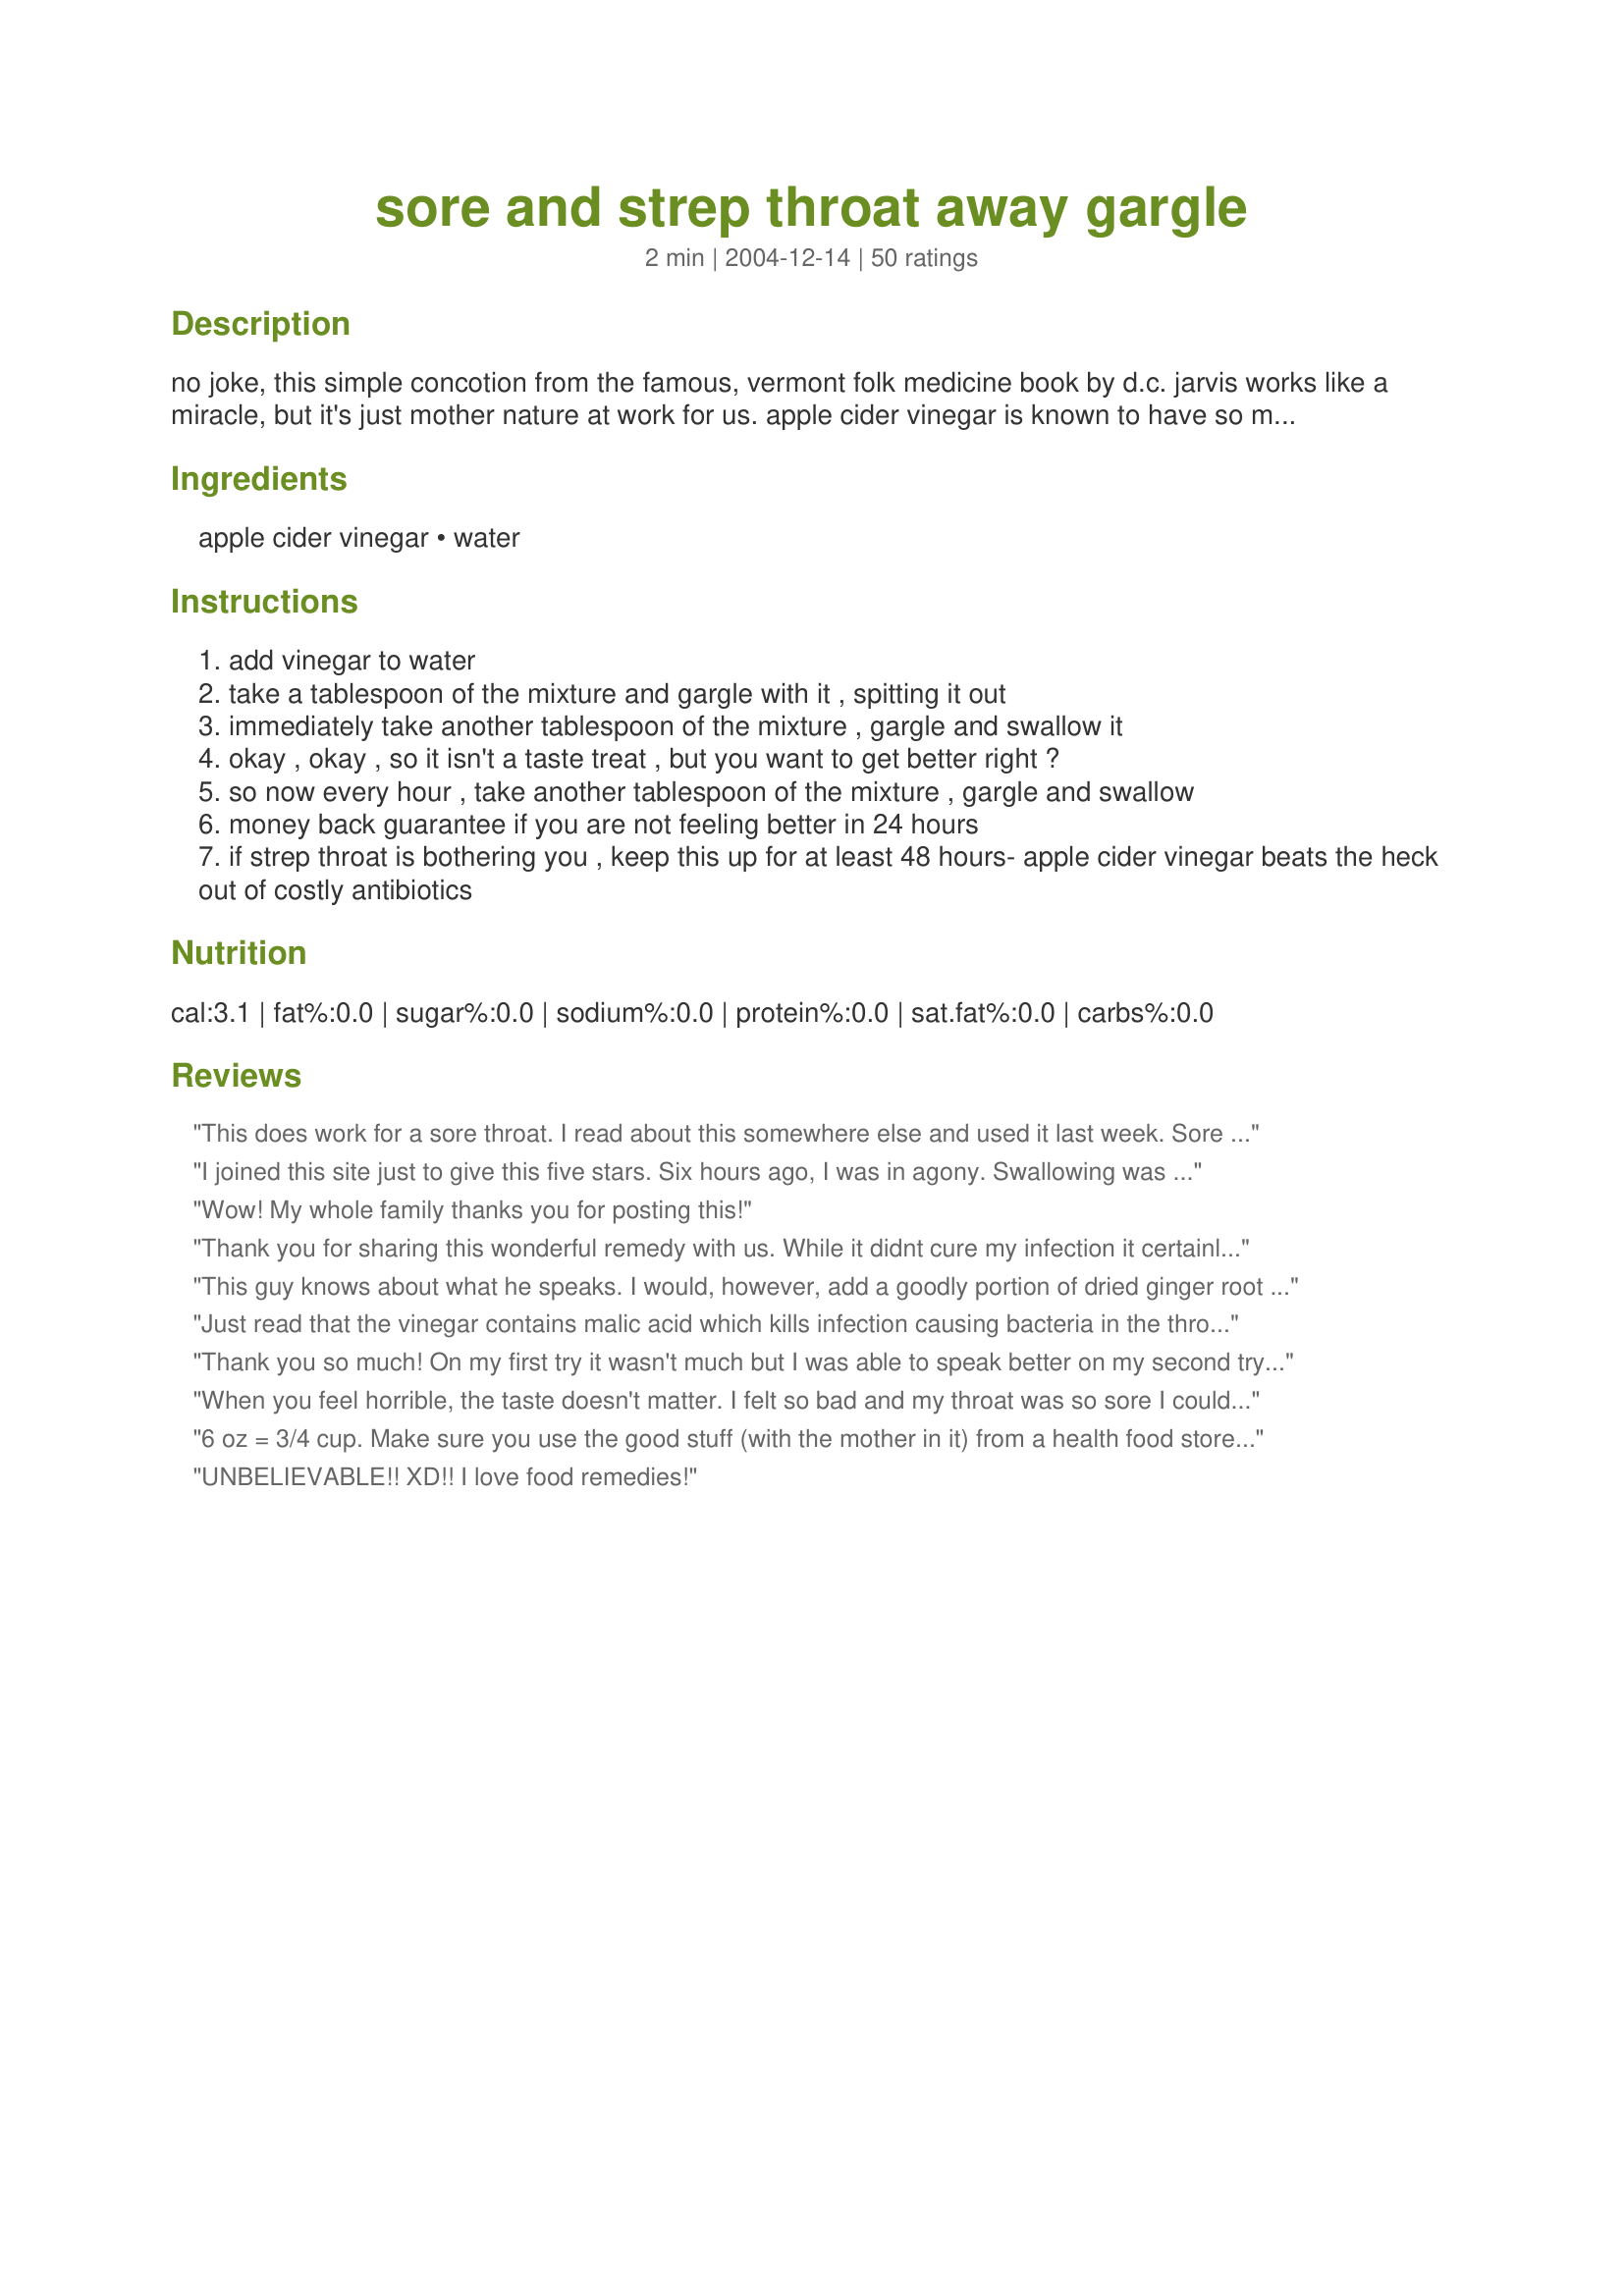
sore and strep throat away gargle
Preparation time: 2 minutes

no joke, this simple concotion from the famous, vermont folk medicine book by d.c. jarvis works like a miracle, but it's just mother nature at work for us. apple cider vinegar is known to have so many medicinal/healing attributes, so put this one to work for your sore or strep throat. yep....strep. this will knock the crapola out of the bacteria that's tryin' to knock the crap out of you. be very sure that you are using real apple cider vinegar, as heinz now makes an apple cider vinegar "flavored" liquid. (why??)

Ingredients:
apple cider vinegar, water

Steps:
add vinegar to water
take a tablespoon of the mixture and gargle with it , spitting it out
immediately take another tablespoon of the mixture , gargle and swallow it
okay , okay , so it isn't a taste treat , but you want to get better right ?
so now every hour , take another tablespoon of the mixture , gargle and swallow
money back guarantee if you are not feeling better in 24 hours
if strep throat is bothering you , keep this up for at least 48 hours- apple cider vinegar beats the heck out of costly antibiotics

Reviews:
This does work for a sore throat. I read about this somewhere else and used it last week. Sore throat dissappeared after 1 dose. Not the greatest tasting stuff but very inexpensive and works great.
I joined this site just to give this five stars. Six hours ago, I was in agony. Swallowing was a painful chore. I've just a lump in my throat, and will continue treatment until that is gone. I can't thank the recipe poster enough for sharing, and thank the reviewers for giving it such accolades, prompting me to try it. Miracle cure, for sure!
Wow! My whole family thanks you for posting this!
Thank you for sharing this wonderful remedy with us. While it didnt cure my infection it certainly made me feel better.
This guy knows about what he speaks. I would, however, add a goodly portion of dried ginger root and a ground Vit. C. Basically, drink what you can stand to drink. If it gets too awful, stop for awhile. When you go back to it, it will taste better.

Did original poster speak of a bit of honey? That helps some who like the sWeet taste. (I myself hate that taste of honey in a medication..)
Just read that the vinegar contains malic acid which kills infection causing bacteria in the throat. I had cut out the recipe in a magazine and this was the comment but I can't vouch that it's true. Just passing it along.
Thank you so much! On my first try it wasn't much but I was able to speak better on my second try I can feel the effects, this definitely works ; once again thank you so much.
When you feel horrible, the taste doesn't matter. I felt so bad and my throat was so sore I could barely swallow the stuff but it did seem to help. Used organic apple cider vinegar and would use this again. It certainly can't hurt. Thanks for sharing! Note: Strep throat can turn into a very serious condition but is easily cured by antibiotics, so I wouldn't rely on this alone if sore throat is accompanied by high fever, nausea, or headache.
6 oz = 3/4 cup. Make sure you use the good stuff (with the mother in it) from a health food store. This is such a good remedy! DH and I were getting bad sore throats so we tried this rather than gargling salt and water (which you don't swallow). The next morning I felt a lot better! I did take it at least once an hour. I dont think there is anything like it! Go natural for sure, use this!! I don't find it tastes really bad like some. Thanks a lot. I will definitely turn to this if I need to again.
UNBELIEVABLE!! XD!! I love food remedies!
This ABSOLUTELY WORKS! and if you a reaLLY brave! mix the salt water and apple cider together
Ok - Im a believer!!! And like those who came before me, I joined this sight JUST so I could write a review about this recipe. After 2 days of cold meds, Chloraseptic spray, throat lozenges and LOTS of pain, I was planning a trip to the doc. And then... I found this recipe. It works. In 30 minutes and gargling/swallowing 3 times the results were night and day. Amazing. That sums it up. Freaking amazing.
I had the mother of all bad colds. And, to make it worse I had to work through it all. Initially I had to use use regular grocery store apple cider vinegar because I didn't have the "mother" kind at hand. My throat was so bad I was sure I would need to get an antibiotic. I'm not kidding when I say about 10 minutes after the first time using this I felt much better. It felt like it was taking the infection and inflamation away. I've been healed faster than I've ever been before without taking an antibiotic. Since then I've gotten the version with the "mother" in it and have been taking that. Many many thanks for posting!!!
Nasty taste, to be sure, but it does work- it's been my sore throat cure for YEARS. I'm not sure about the strep part, though. Only one thing I'd add- this will work even better if you go to the health food store and buy REAL apple-cider vinegar "with the mother". They'll know what you're talking about, but basically you're asking for the fungus that grows in it. I know that sounds incredibly gross, but it makes it SO much more effective than the pasteurized stuff you buy at the grocery store!
This has long been used for medicinal purposes, specifically for fighting bacteria. Thanks for sharing!
Oh man, this is serious pucker time. This recipe has been a lifesaver for me this winter.
I actually drink this mixture with a little raw honey in it 2-3x a day. I think it's a refreshing and tangy drink...LOL... plus I think this is one reason why I DON'T get sore throats any longer. Make sure to use real ACV... I love Braggs ACV. I did give this to my BF the other day as he was complaining of a scratchy throat. Well, after one day he was much better... Thanks for posting!!!
I doubted this at first, but I rushed to the local grocery store and managed to find unfiltered apple cider vinegar with the mother in it (organic aisle). It worked great. The taste is not enjoyable, but its worth it when your throat hurts. My throat is relieved and I will be using this in the future. Thanks!
CAUTION: Works great! I have used this for years.... but after you gargle be sure to rinse out your mouth getting the vinegar off your teeth. Vinegar is has a natural acid in it that can bother the enamel on your teeth. When I rinse I spit out leaving the vinegar in my throat so it can work but rinsing the rest of my mouth.
The taste and the smell might take some aback, but this really works. It's replaced gargling with salt water for me, which is something I'd been doing forever to remedy a sore throat.
I used this when my two girls had flu-like symptoms. It didn't cure them, but they did both say that their throats felt better after gargling. I found the organic apple cider at my local grocery store. I take echinacea at the first sign of a cold, and will add this to my immunity regimen. I think I am probably better at recognizing those first signs - than my girls. They did have short lived "bugs" once we started with the gargling - so they might have taken longer to feel better had we not tried this. They were feeling MUCH better after about 24 hours.
I've gargled with this mixture for any post nasal drip in my throat for a quite a few years, after it being recommended to me by some nurses. It really does work! I like vinegar and it tastes good.....my advice is not to drink it.....or you may get seriously constipated as vinegar is a diuretic. ;)
It really works!! I add some sweetener. It makes it much more tolerable.
Wow I can&#039;t say enough good things. At first I didn&#039;t read it thoroughly and I gargled for two days with Heinz apple cider vinegar, which did absolutely nothing. When I finally read it through and saw that I needed the &#039;real stuff&#039; I hit a health food store, and from the first time I gargled my throat was soothed and that tickly urge to cough went away. Now less than 24 hours later there&#039;s no trace of the sore throat that had been plaguing me for over a week and was getting worse rather than better. I&#039;m pregnant and didn&#039;t want to have to resort to meds, so thanks so much!
Strangly enough I didn't use this but my BIL was sick and I told my sister about this recipe I happen to see. She forced him to use it and the next day he was able to go back to work and he talks on phones. He said it was amazing how it worked. Definitely one to keep, thank you for posting.
I was outdoors all Saturday and woke up with a stuffy head and sore throat. This is scary for me because these things move rapidly into my chest and become pneumonia. I took meds that helped the stuffy head and some zinc and echinacea to try and stop this episode in its tracks. But, I was left with a sore throat that I was certain was going to turn into laryngitis by this morning as it always does. Late last night I turned to Zaar and found this gargle. It had simple ingredients(I only had the flavored vinegar) and was a snap to mix up. It really did not taste too bad as I am a pickle fanatic! It made my sore throat bearable so that I could sleep last night and I still have my voice today. Without this potion I would have lost a day of work. Thanks for sharing DeSouter, I owe you one.
Had plans for the next day but my throat hurt so bad, I knew I'd have to cancel plans and see a doctor instead if my throat didn't improve. I had tried gargling with salt water earlier, but that didn't do a thing. As a last resort, I started this gargle in the early evening and used it about every 1/2 hour til bedtime. The following day I felt great with just a very slight sore throat. I will definitely keep this recipe and use it at the first sign of sore throat from now on. Thank you so much DeSouter!
NOTE: Definitely use organic apple cider vinegar WITH THE MOTHER. Bragg's is my choice. Works very well. I used it every 30 minutes as opposed to 1 hour and my throat felt much better after only a few hours. Add a few drops of echinacea tincture.
Just used this on a very sore throat and was pleasantly surprised that my throat feels better! I used Bragg's Apple Cider and warm water. Thanks!
I'm submitting this rating on behalf of my husband. He's the one that had the sore throat.
His first use , literally , changed the sound of his voice from froggy , to not half bad LOL
He had a scratchy/sore throat one day , used this method , and his throat was great the next day!! This is a FABULOUS remedy , much better than having to buy OTC meds that don't always work and are so expensive!
Thanks so much for posting this great relief!! :)
This really worked! I used Apple Cider Vinegar with the Veil of the Mother (don't ask). Mixed it yesterday in a bowl and left it in the bathroom. Stank the bathroom. I used it 7-8 times and 3 times today. Swirled it around my mouth a couple of times. My throat is a whole lot less painful now than it was yesterday morning! I also drank lots of water. I do have a mild fever and body aches and will be seeing a doctor for that. But at least my throat doesn't hurt so bad! Thank you so much for posting this!
Wow, I have been fighting an extremely painful sore throat for three days now and decided to turn to the zaar for some relief I tried this and the first time I tried it I felt a better. I used filtered water at room temp and the vinegar. Thank you I will continue to use it throughout the day. Thanks again.
What a relief this is! I had a sore scratchy throat and started using this about 10 am in the morning. By evening, after doing it all day on the hour, it was gone and the next morning I was feeling much better! It really does work! I must say also that I tried chloraseptic early on and it just burned when it hit the back of my throat. This doesn't burn at all and instantly soothes! Thanks so much for sharing this! Will remember it easily should we need relief again! :)
I've been doing this for years. I'm glad you posted it! It really helps! Sometimes, If I have a lot of mucus in my throat, I gargle the vinegar straight, swallow a bit, and wait a few minutes. Then, drink some water. That's just for the stubborn stuff though. Everyone should know about this.<br/>It can knock out heartburn too if you drink the vinegar with water and honey.
I have a feeling the other reviewers are severely over-exaggerating their symptoms. If you have a minor sore throat, sure, use this. If you have an actual infection or strep throat, GO TO A DOCTOR. There&#039;s a reason they don&#039;t prescribe apple cider vinegar, and it&#039;s not &quot;big pharma&quot; - it&#039;s because actual antibiotics work FAR more effectively, FAR quicker. Can&#039;t afford them? Go to a Costco pharmacy, even for non-members it&#039;s DIRT cheap.&lt;br/&gt;&lt;br/&gt;I gargled with Bragg&#039;s Raw Apple Cider Vinegar &quot;With The Mother&quot; every 1/2 hour for over 4 days. It did a lot to help the first day or so, but it couldn&#039;t finish the job. I&#039;m going on a week of painful swallowing and general malaise. I started taking Amoxicillin two days ago and my sore throat is GONE.&lt;br/&gt;&lt;br/&gt;Homeopathy is great for prevention, and minor sore throats, but there&#039;s a reason Western medicine has eradicated diseases and extended our lifespans.
Strep throat is a bacterial infection of throat, nasal cavity and its surrounding regions. The bacterium causes inflammation which results in breathing difficulties. Antibiotics are used to treat strep throat. Apart from the medicinal treatment, strep throat can also be treated with home remedies. There are few home remedies for the strep throat that can help you. These home remedies include: Take plenty of rest, Increase the intake of fluids, Gargle with warm water can soothe the throat irritation, Chamomile tea is an effect pain reliever. Warm beverages can be administered to soothe sore throat, Use of honey garlic and lemon can be effective, Herbal tea and soups are also effective against the sore throat as well, Ingredients like garlic onion, black pepper and cloves in your soups are effective and Take vitamin C for a week or two, whenever the weather is changing. Reference: http://bit.ly/2h220pC
This is the solution! I recently got strep throat as an adult and have not had it since I was a teeanger. I too joined this site to give this remedy a review. I found this on the web last night and started later in the evening gargling and drinking the mixture. This morning I feel awesome! I not only feel like I can eat and drink normally again but I have a lot of energy! I prefer natural and holistic methods to healing. Tomorrow I am cancelling my doctor's appointment and am glad I am back to my energetic self. Feeling renewed! Wish I could give this 10 stars! ;)
A great remedy for various sore throat problems. But if you have actual strep throat, you have a bacterial infection that will go underground if ineffectively treated. You can end up with rheumatic fever, and no apple cider gargle on earth will fix your heart. https://www.mayoclinic.org/diseases-conditions/rheumatic-fever/symptoms-causes/syc-20354588
I just registered with this site to give this five stars, as well. Absolutely miraculous! The reviews below speak for themselves. Just wanted to keep the recommends going. Saved my life (a little) this wknd. Horrendous sore throat (literally could not swallow) was absolutely fine in less than 24 hours. Thank you, DeSouter!
sceptical but desparate I tried this - it really does work! Genuinely surprised but pleasantly so. It doesn't taste that bad either - stinks to hell and back though
I was really skeptical about trying this because my strep was SO bad. I couldn’t do anything but sit in bed and cry because of the pain. i used organic ACV about 5 times yesterday evening and i woke up this morning with no pain or swelling! it’s a miracle for sure.
My 10 year old began having flu-like symptoms on Wednesday and with a party to attend on Friday, this was unacceptable. I went to Whole Foods and bought Bragg apple cider vinegar with the "mother" in it. She recived immediately relief from her scratchy throat and had no symptoms at all by the weekend. It's as if her cold/flu was immediately reversed! I will use this remedy for everyone in the family from now on.
I have acheived the same results over the past few years by gargling with straight lemon juice. Only problem is you MUST start gargling 3-4 times a day the moment you get a sore throat. Wait a day or two, and it will be too late for the lemon to do the trick. May have to move on to this! :).
*DISCLAIMER* I most likely did NOT have strep, but more likely acute sinusitis. Antibiotics are necessary to fully get rid of streptococcus bacteria. That being said, I did have a nasty infection: fever of 100&deg;+, yellow/green snot, sore and swollen throat, congestion, etc. I did this (though I added raw honey to mine) along with gargling salt water multiple times a day, and by the next day my symptoms were greatly reduced - to the point that I was able to go to and get through my physically active job. So, this either helped to clear the infection faster than normal or at least helped aleviate the symptoms while my immune system did the dirty work. Either way it certainly didn't hurt and I highly recommend it!
A neighbour told me to gargle with vinegar, its been a week and long line ups in the doctors office and I just couldnt take it any more. Let me tell you I poured straight brown vinegar into a mug thru it back and gargled ..it burned and needless to say it didnt stay.. need I say more, but voila the sore throat was almost all gone! I'm going to continue this until its gone. Thanks!
I wasn't sure about this. It sounds too simple--just vinegar & water to fix a sore throat??!! Yet, I was thrilled to find how well this really works! It's VERY important to use real apple cider vinegar with the mother in it. I use Bragg's vinegar. I've used this multiple times & it works GREAT!! What a great, CHEAP remedy for a sore throat! Thanks!!!!
apple cider not only relieve sore throats, it helps to loose weight drank a teaspoon in a glass of water every day. Also when using for sore throat add honey and lemon juice it break the fever if you have one.
I have a question does it have to be apple cider vinegar? I have some distilled white vinegar in my cupboard.
Saturday I was starting to get a "scratchy" throat. I used this twice and my throat felt much better. This afternoon, my throat was once again feeling scratchy, so I used it again. Again my throat felt much better. I'll probably use it for a few days. I don't think it tasted all that bad. Natural remedies that work are so much better than OTC meds, or $$$ antiobiotics.
Had a sore throat that was getting worse, remembered this recipe & gave it a try... It really helped. I did do it every hour & by evening my throat was feeling a lot better. Thanks for posting
